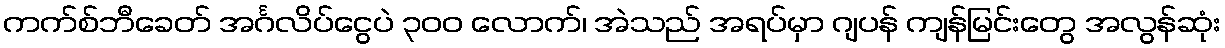
ကက်စ်ဘီခေတ် အင်္ဂလိပ်ငွေပဲ ၃၀၀ လောက်၊ အဲသည် အရပ်မှာ ဂျပန် ကျန်မြင်းတွေ အလွန်ဆုံး